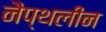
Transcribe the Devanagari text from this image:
नैप्थलीन